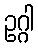
ဥဂ္ဂါ